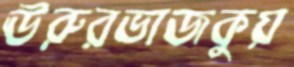
ঊরুরভাজকুয়